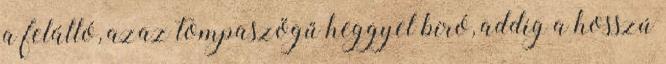
a felálló, azaz tompaszögű heggyel bíró, addig a hosszú